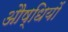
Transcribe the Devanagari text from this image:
औष्धियों